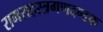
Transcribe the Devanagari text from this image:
रामसहस्त्रगणदण्डक